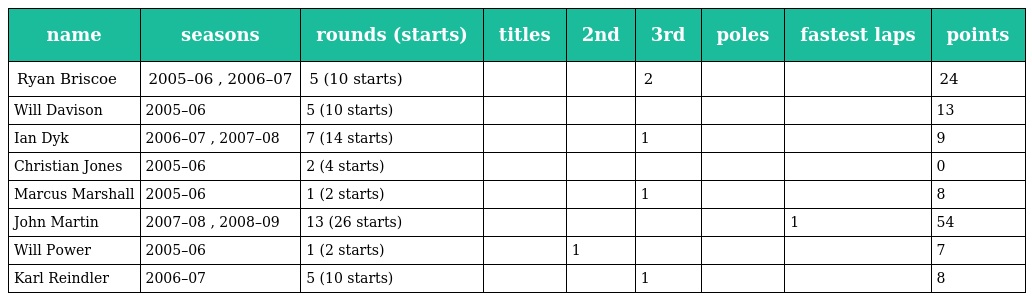
| name | seasons | rounds (starts) | titles | 2nd | 3rd | poles | fastest laps | points |
 | --- | --- | --- | --- | --- | --- | --- | --- | --- |
 | Ryan Briscoe | 2005–06 , 2006–07 | 5 (10 starts) |  |  | 2 |  |  | 24 |
 | Will Davison | 2005–06 | 5 (10 starts) |  |  |  |  |  | 13 |
 | Ian Dyk | 2006–07 , 2007–08 | 7 (14 starts) |  |  | 1 |  |  | 9 |
 | Christian Jones | 2005–06 | 2 (4 starts) |  |  |  |  |  | 0 |
 | Marcus Marshall | 2005–06 | 1 (2 starts) |  |  | 1 |  |  | 8 |
 | John Martin | 2007–08 , 2008–09 | 13 (26 starts) |  |  |  |  | 1 | 54 |
 | Will Power | 2005–06 | 1 (2 starts) |  | 1 |  |  |  | 7 |
 | Karl Reindler | 2006–07 | 5 (10 starts) |  |  | 1 |  |  | 8 |